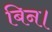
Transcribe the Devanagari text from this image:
बिन।